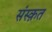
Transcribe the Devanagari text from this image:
संस्‍क़त